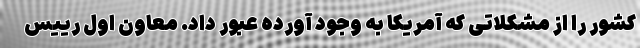
کشور را از مشکلاتی که آمریکا به وجود آورده عبور داد. معاون اول رییس